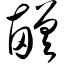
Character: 鹾